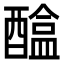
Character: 𨢴